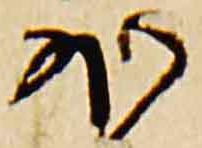
外